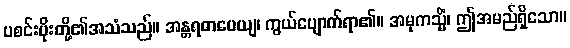
ပစင်းပိုးတို့၏အသံသည်။ အန္တရဓာပေယျ၊ ကွယ်ပျောက်ရာ၏။ အမုကသ္မိံ၊ ဤအမည်ရှိသော။